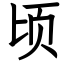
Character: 顷